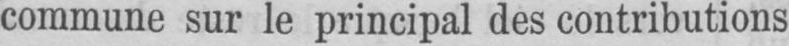
commune sur le principal des contributions